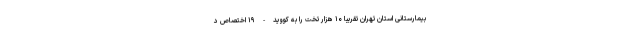
بیمارستانی استان تهران تقریبا ۱۰ هزار تخت را به کووید-۱۹ اختصاص د